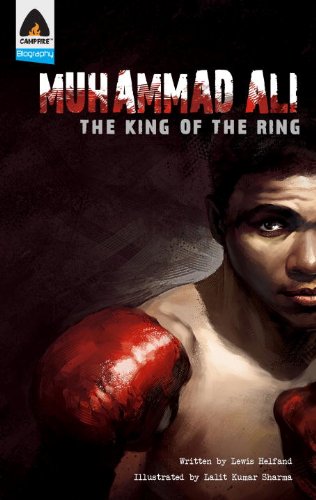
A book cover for Muhammad Ali: The King of the Ring: A Graphic Novel (Campfire Graphic Novels); Lewis Helfand; Sports & Outdoors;